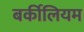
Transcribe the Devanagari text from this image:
बर्कीलियम